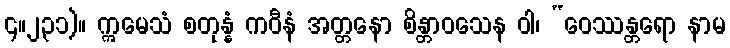
၄။၂၃၁)။ ဣမေသံ စတုန္နံ ကဝီနံ အတ္တနော စိန္တာဝသေန ဝါ၊ “ဝေဿန္တရော နာမ